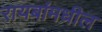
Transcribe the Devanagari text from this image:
रायबांमधील